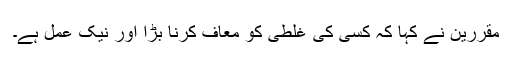
مقررین نے کہا کہ کسی کی غلطی کو معاف کرنا بڑا اور نیک عمل ہے۔